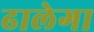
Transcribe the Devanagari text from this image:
ढालेगा